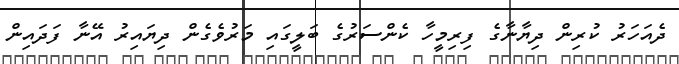
ދެއަހަރު ކުރިން ދިޔާނާގެ ފިރިމީހާ ކެންސަރުގެ ބަލީގައި މަރުވެގެން ދިޔައިރު އޭނާ ފަދައިން